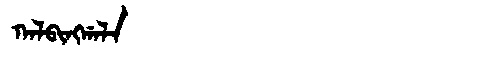
Manchu: ᡴᠠᠯᠪᡳᠩᡤᠠᠯᠠ
Romanization: KALBINGGALA